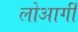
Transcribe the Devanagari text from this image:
लोआर्गी